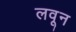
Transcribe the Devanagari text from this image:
लवून